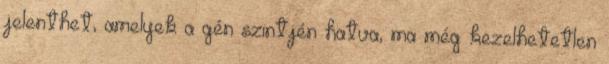
jelenthet, amelyek a gén szintjén hatva, ma még kezelhetetlen